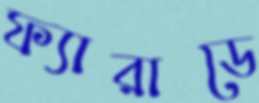
ফ্যারাডে